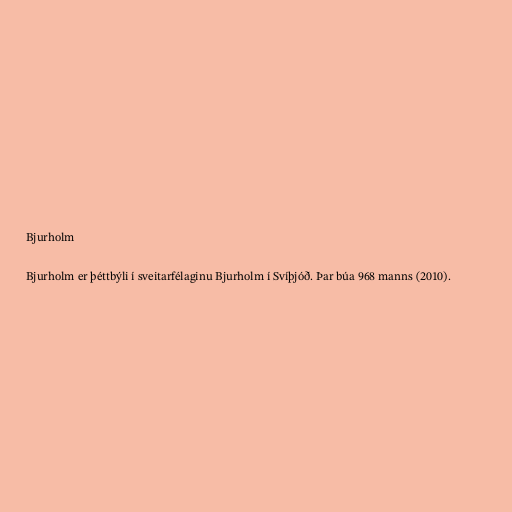
Bjurholm

Bjurholm er þéttbýli í sveitarfélaginu Bjurholm í Svíþjóð. Þar búa 968 manns (2010).